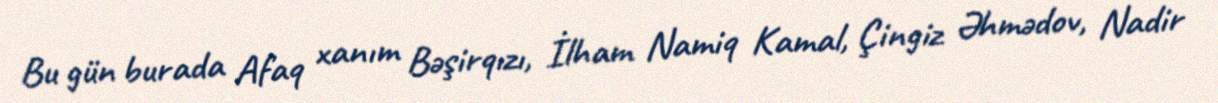
Bu gün burada Afaq xanım Bəşirqızı, İlham Namiq Kamal, Çingiz Əhmədov, Nadir